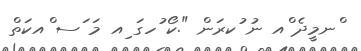
ްނމީދެ ްއ ނު ުކރަން ".ކޯ ުހގަ ިއ މަ ަސ ްއކަތް